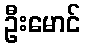
ဦးမောင်